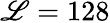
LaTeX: \mathscr{L}=128